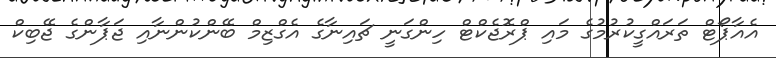
އެއާޕޯޓް ތަރައްގީކުރުމުގެ މައި ޕްރޮޖެކްޓް ހިންގަނީ ޗައިނާގެ އެގްޒިމް ބޭންކުންނާއި ޖަޕާންގެ ޖޭބިކް